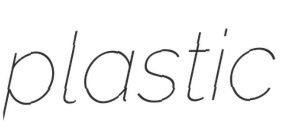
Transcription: plastic